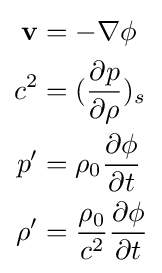
{\begin{aligned}\mathbf {v} &=-\nabla \phi \\c^{2}&=({\frac {\partial p}{\partial \rho }})_{s}\\p'&=\rho _{0}{\frac {\partial \phi }{\partial t}}\\\rho '&={\frac {\rho _{0}}{c^{2}}}{\frac {\partial \phi }{\partial t}}\end{aligned}}